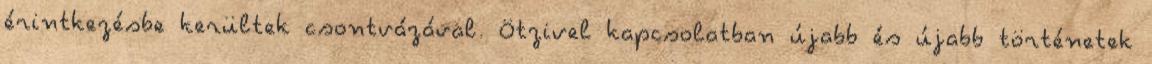
érintkezésbe kerültek csontvázával. Ötzivel kapcsolatban újabb és újabb történetek